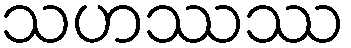
သဟဿဿ